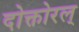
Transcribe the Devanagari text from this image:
दोक्तोरल्